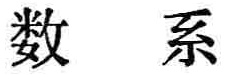
数 系